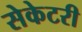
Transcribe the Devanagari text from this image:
सेकेटरी